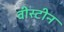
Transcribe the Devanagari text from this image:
वीस्टीन